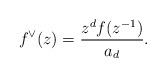
LaTeX: \begin{gather*}f^{\vee}(z)=\frac{z^df(z^{-1})}{a_d}.\end{gather*}